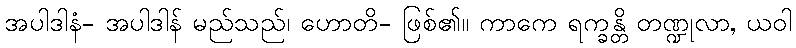
အပါဒါနံ- အပါဒါန် မည်သည်၊ ဟောတိ- ဖြစ်၏။ ကာကေ ရက္ခန္တိ တဏ္ဍုလာ, ယဝါ